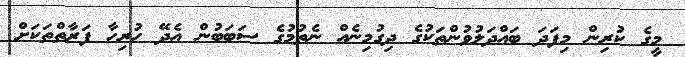
މީގެ ކުރިން މިފަދަ ބައްދަލުވުންތަކުގެ ދިގުމިނެއް ނެތުމުގެ ސަބަބުން އެދޭ ހުރިހާ ފަރާތްތަކަށް